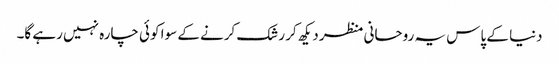
دنیا کے پاس یہ روحانی منظر دیکھ کر رشک کرنے کے سوا کوئی چارہ نہیں رہے گا۔